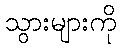
သွားများကို